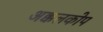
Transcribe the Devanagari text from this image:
अक्कलकोप